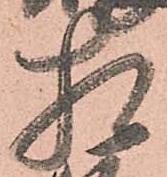
相